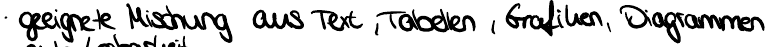
geeignete Mischung aus Text, Tabellen, Grafiken, Diagrammen